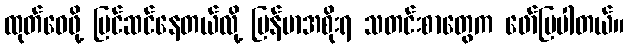
ထုတ်ဝေဖို့ ပြင်ဆင်နေတယ်လို့ မြန်မာအစိုးရ သတင်းစာတွေက ဖော်ပြပါတယ်။